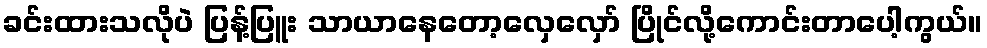
ခင်းထားသလိုပဲ ပြန့်ပြူး သာယာနေတော့လှေလှော် ပြိုင်လို့ကောင်းတာပေါ့ကွယ်။